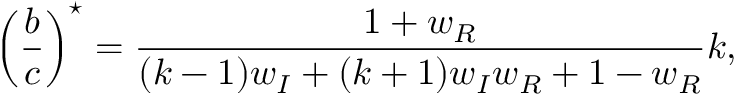
\left( \frac { b } { c } \right) ^ { \star } = \frac { 1 + w _ { R } } { ( k - 1 ) w _ { I } + ( k + 1 ) w _ { I } w _ { R } + 1 - w _ { R } } k ,